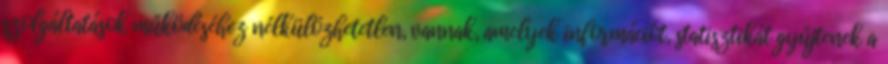
szolgáltatások működéséhez nélkülözhetetlen, vannak, amelyek információt, statisztikát gyűjtenek a